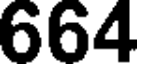
664